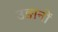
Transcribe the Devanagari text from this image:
उङानों